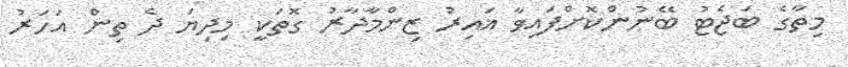
މިތާގެ ބަޖެޓު ބޭނުންކޮށްފައިވާ ޣައިރު ޒިންމާދާރު ގޮތަކީ މިދިޔަ ދެ ތިން އަހަރު